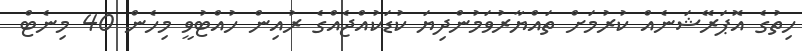
ހިތުގެ އޮޕަރޭޝަނެއް ކުރުމަށް ތައްޔާރުވަމުންދިޔަ ކުޑަކުއްޖެއްގެ ރުއިން ހުއްޓުވީ މިހެން 40 މިނެޓް